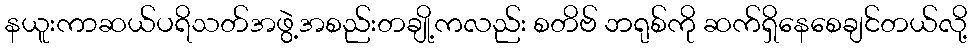
နယူးကာဆယ်ပရိသတ်အဖွဲ့အစည်းတချို့ကလည်း စတိဗ် ဘရုစ်ကို ဆက်ရှိနေစေချင်တယ်လို့